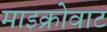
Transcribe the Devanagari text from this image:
माइक्रोवाट